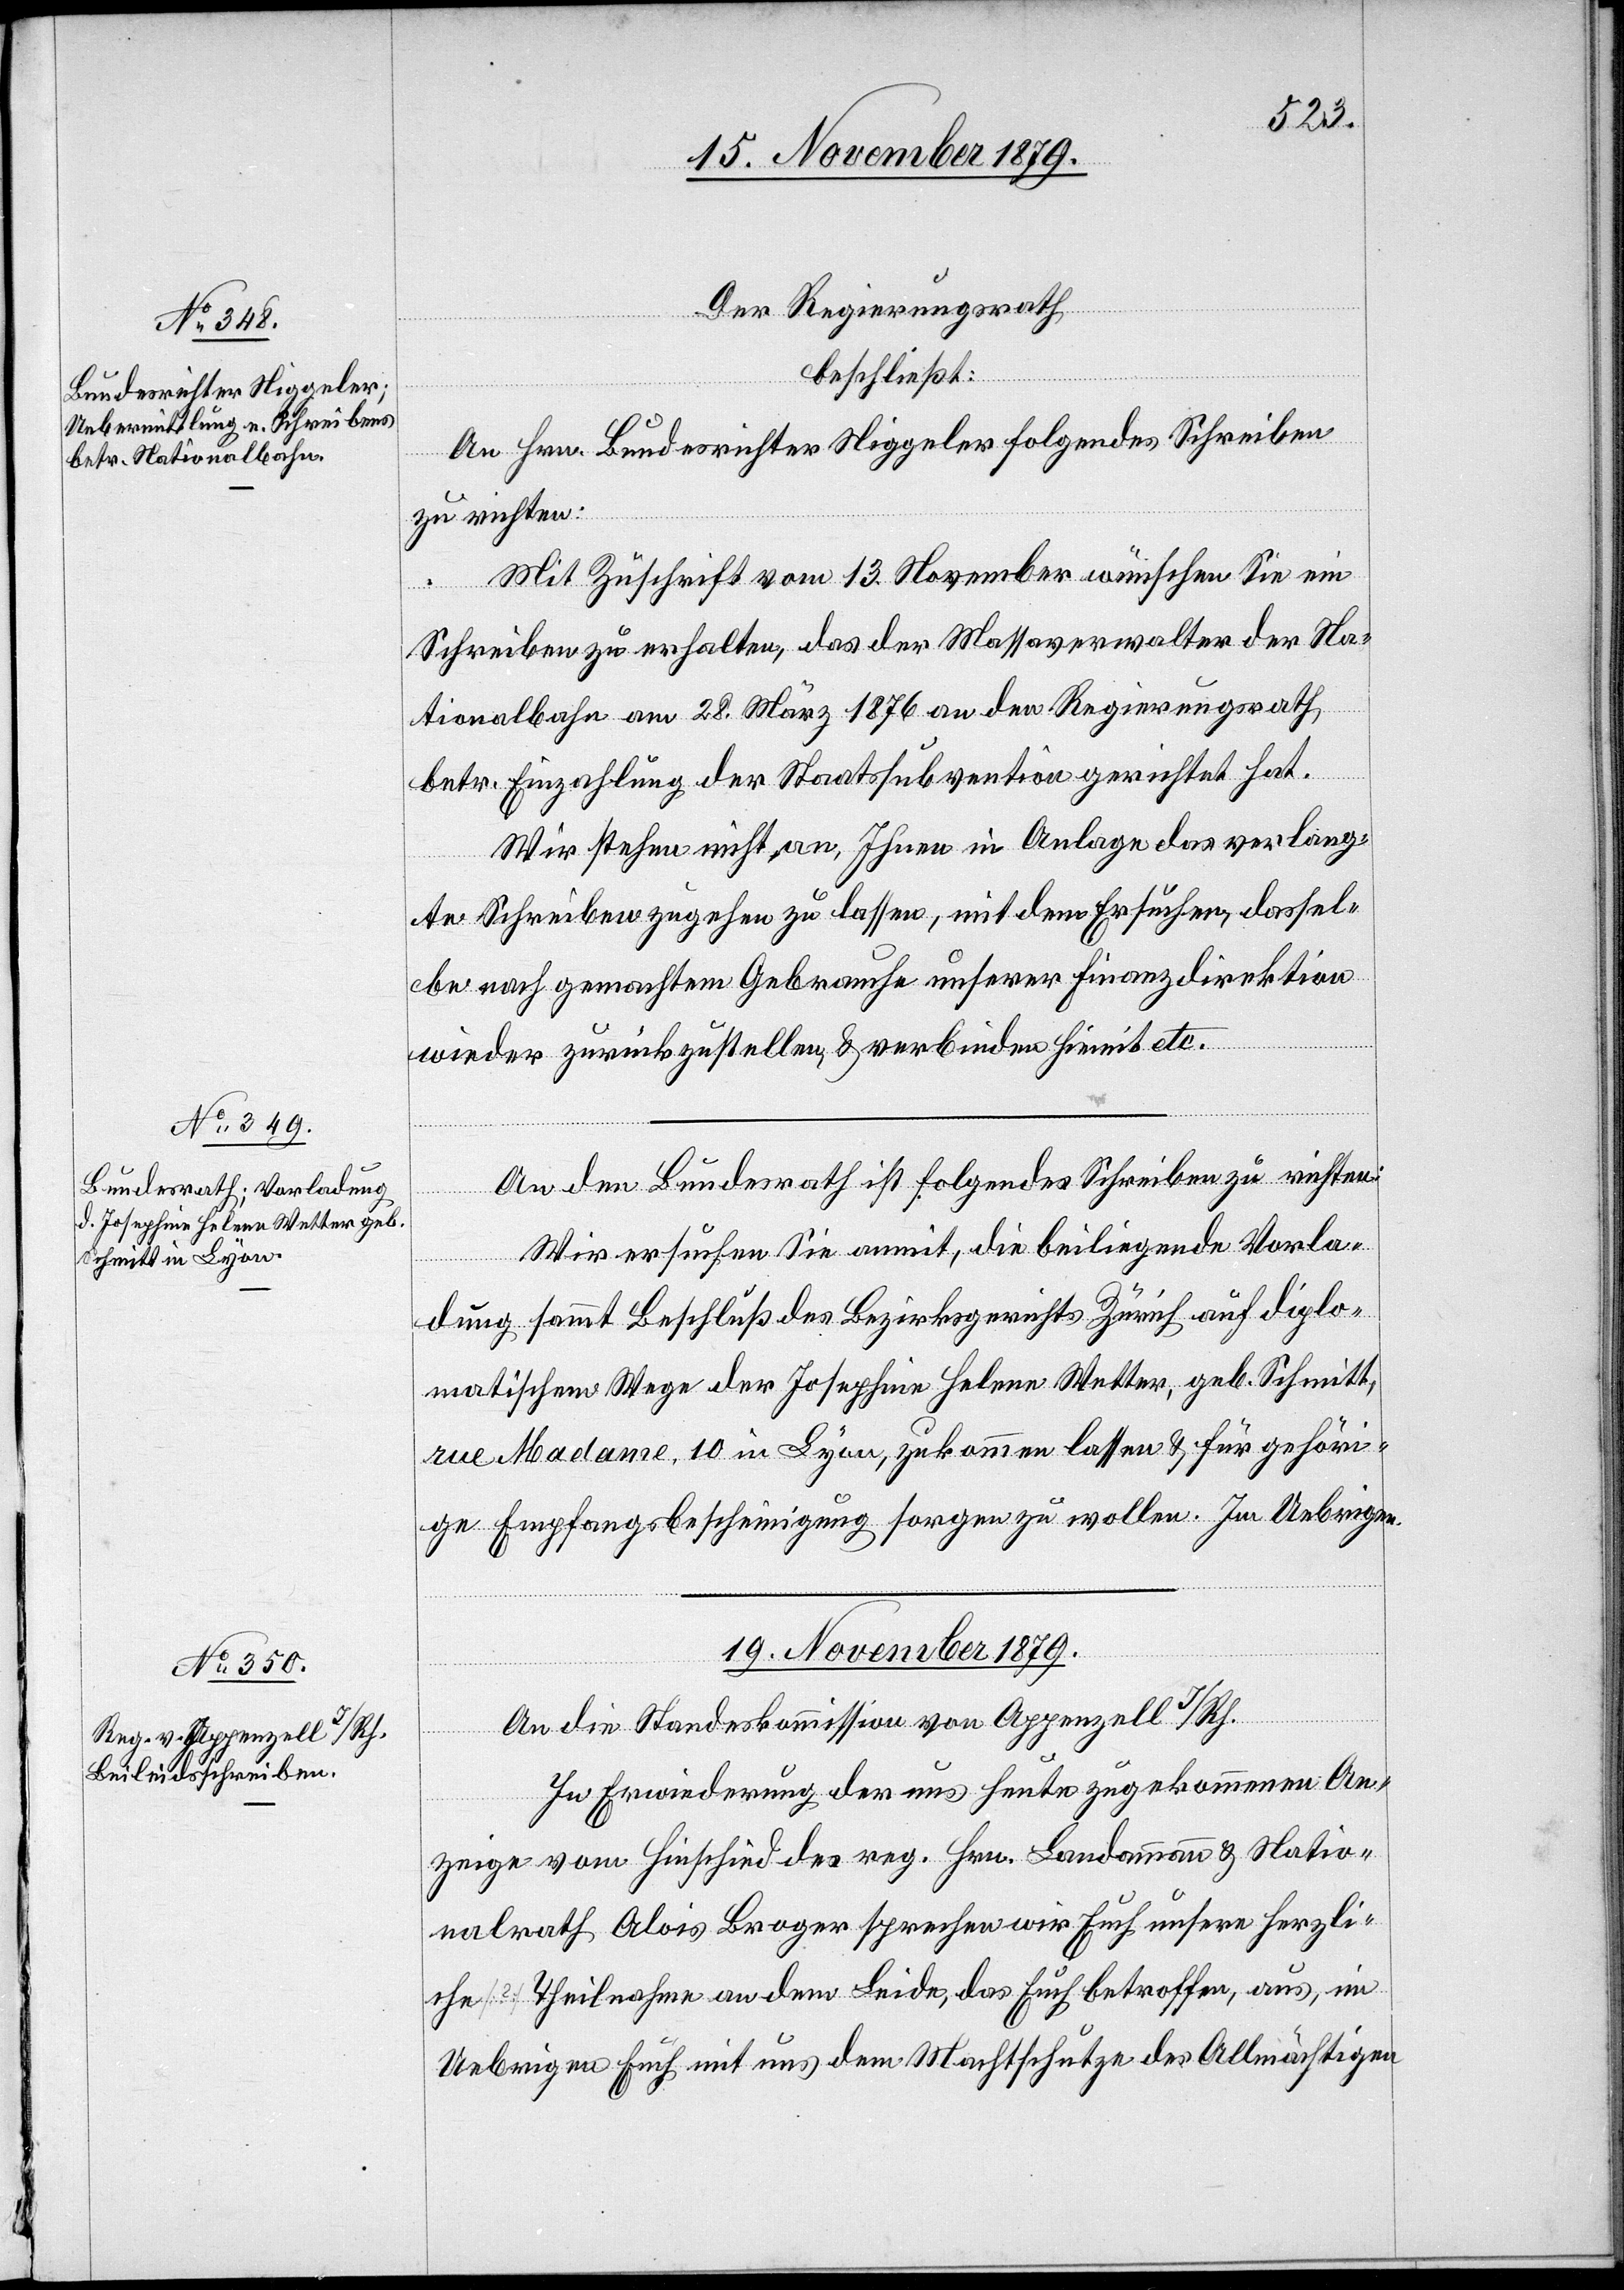
18. November 1879.]
Der Regierungsrath
beschließt:
An Hrn. Bundesrichter Niggeler folgendes Schreiben
zu richten:
Mit Zuschrift vom 13. November wünschen Sie ein
Schreiben zu erhalten, das der Massaverwalter der Na¬
tionalbahn am 28. März 1876 an den Regierungsrath
betr. Einzahlung der Staatssubvention gerichtet hat.
Wir stehen nicht an, Ihnen in Anlage das verlang¬
te Schreiben zugehen zu lassen, mit dem Ersuchen, dassel¬
be nach gemachtem Gebrauche unserer Finanzdirektion
wieder zurückzustellen & verbinden hiemit etc.
An den Bundesrath ist folgendes Schreiben zu richten:
Wir ersuchen Sie anmit, die beiliegende Vorla¬
dung sammt Beschluß des Bezirksgerichts Zürich auf diplo¬
matischem Wege der Josephine Helena Wetter, geb. Schmitt,
rue Madame, 10 in Lyon, zukommen lassen & für gehöri¬
ge Empfangsbescheinigung sorgen zu wollen. Im Uebrigen.
19. November 1879.
An die Standeskommission von Appenzell I/Rh.
In Erwiederung der aus heute zugekommenen An¬
zeige vom Hinschied reg. Hrn. Landamman & Natio¬
nalrath Alois Broger sprechen wir Euch unsere herzli¬
che Theilnahme an dem Leide, das Euch betroffen, aus, im
Uebrigen Euch mit uns dem Machtschutze des Allmächtigen